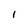
Character: 1